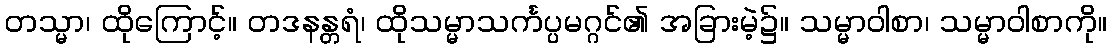
တသ္မာ၊ ထိုကြောင့်။ တဒနန္တရံ၊ ထိုသမ္မာသင်္ကပ္ပမဂ္ဂင်၏ အခြားမဲ့၌။ သမ္မာဝါစာ၊ သမ္မာဝါစာကို။